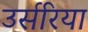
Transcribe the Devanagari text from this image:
उर्सरिया